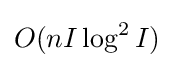
O(nI\log ^{2}I)